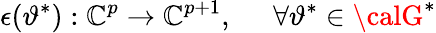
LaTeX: \epsilon(\vartheta^{*}):\mathbb{C}^{p}\rightarrow\mathbb{C}^{p+1},\; \; \; \; \; \forall\vartheta^{*}\in{\calG}^{*}